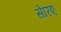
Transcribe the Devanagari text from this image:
सेरिए